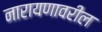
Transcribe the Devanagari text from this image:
नारायणावरील